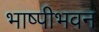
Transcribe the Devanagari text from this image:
भाष्पीभवन